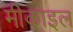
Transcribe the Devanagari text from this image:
मीकाइल